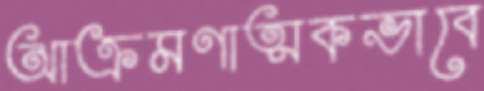
আক্রমণাত্মকভাবে